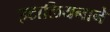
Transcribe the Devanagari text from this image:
इटालियनाने